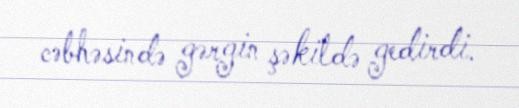
cəbhəsində gərgin şəkildə gedirdi.